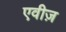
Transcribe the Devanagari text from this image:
एवीज़